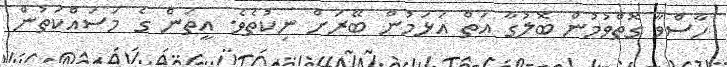
ހާސްވާ ގޮތްވުމުން ބޮލުގާ އަތް އަޅަމުން ބޭރަށް ނިކުތެވެ. އީތަން ގެ މަސައްކަތުން